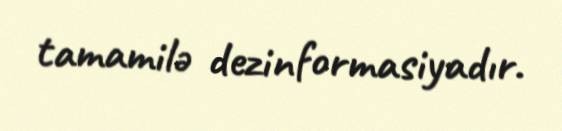
tamamilə dezinformasiyadır.